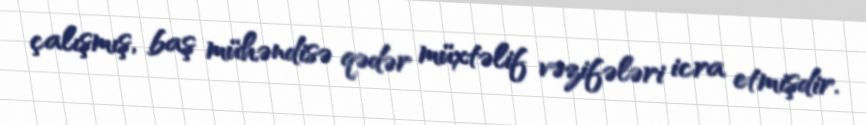
çalışmış, baş mühəndisə qədər müxtəlif vəzifələri icra etmişdir.